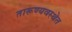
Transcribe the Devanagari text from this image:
तारूण्यवस्थेत